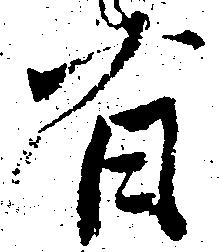
有